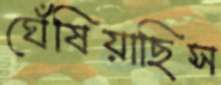
ঘেঁষিয়াছিস